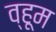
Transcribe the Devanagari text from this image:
व्हूम